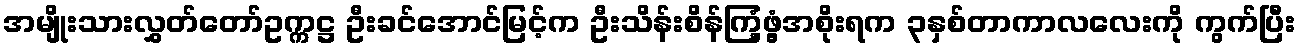
အမျိုးသားလွှတ်တော်ဥက္ကဋ္ဌ ဦးခင်အောင်မြင့်က ဦးသိန်းစိန်ကြံ့ဖွံ့အစိုးရက ၃နှစ်တာကာလလေးကို ကွက်ပြီး